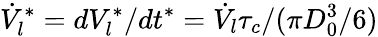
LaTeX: \dot{V}_{l}^{*}=dV_{l}^{*}/dt^{*}=\dot{V}_{l}\tau_{c}/(\pi D_{0}^{3}/6)